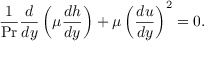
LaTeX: { \frac { 1 } { \mathrm { P r } } } { \frac { d } { d y } } \left( \mu { \frac { d h } { d y } } \right) + \mu \left( { \frac { d u } { d y } } \right) ^ { 2 } = 0 .